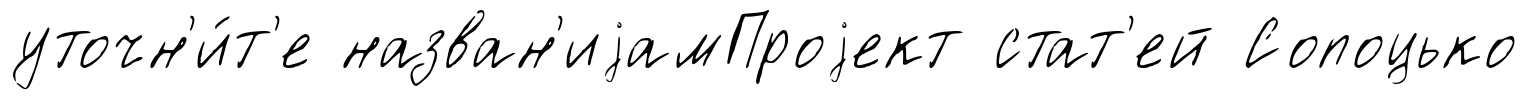
уточн'и́т'е назван'иjамПроjект стат'ей Сопоцько